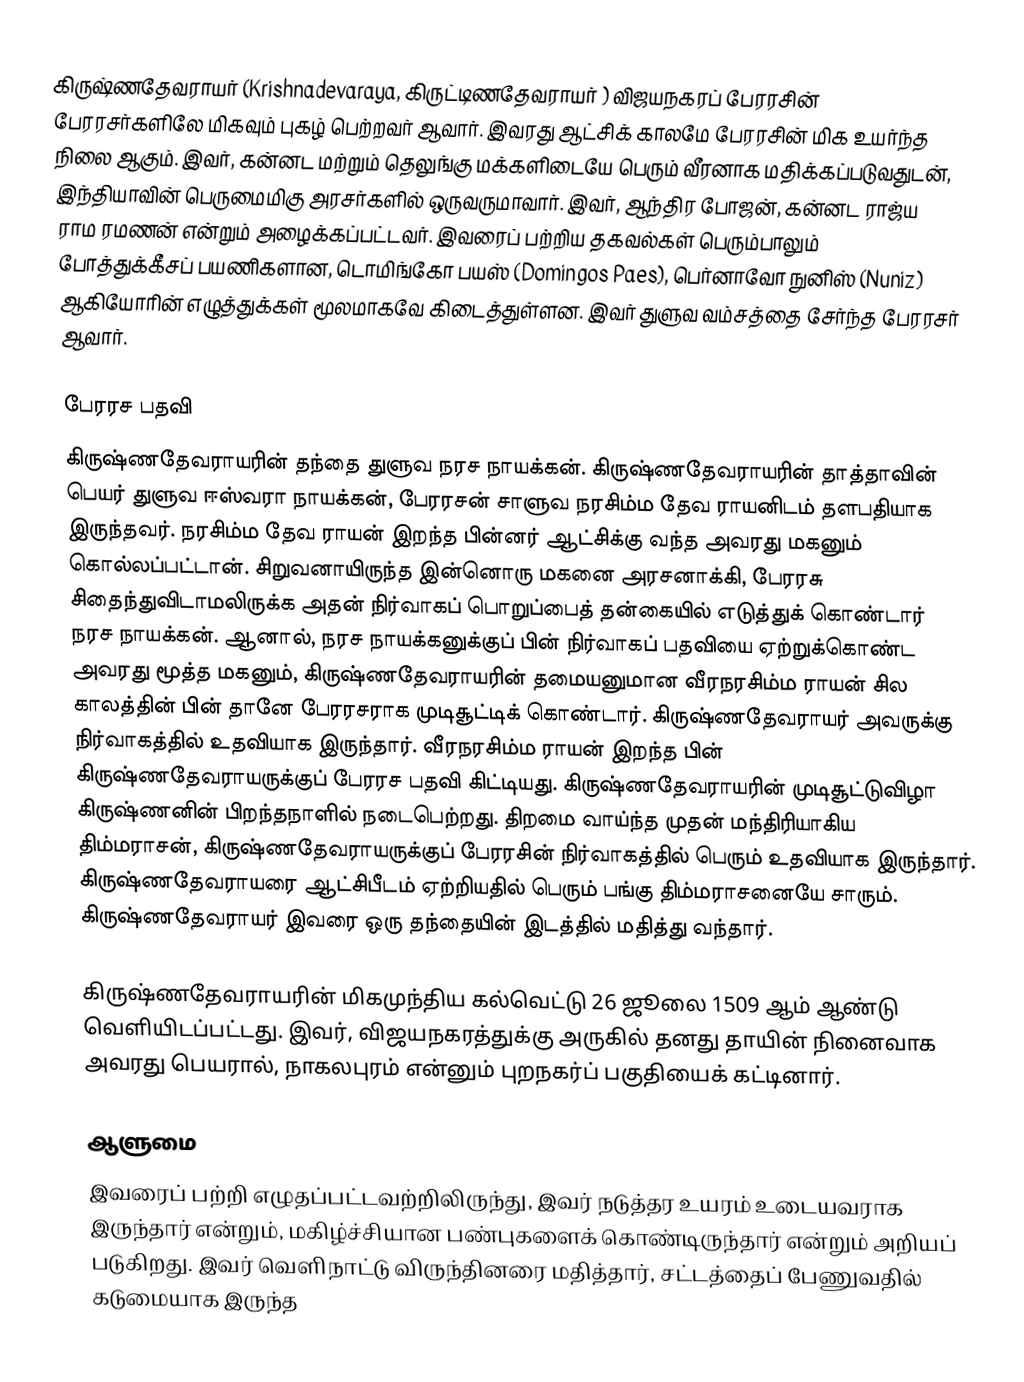
கிருஷ்ணதேவராயர் (Krishnadevaraya, கிருட்டிணதேவராயர் ) விஜயநகரப் பேரரசின் பேரரசர்களிலே மிகவும் புகழ் பெற்றவர் ஆவார். இவரது ஆட்சிக் காலமே பேரரசின் மிக உயர்ந்த நிலை ஆகும். இவர், கன்னட மற்றும் தெலுங்கு மக்களிடையே பெரும் வீரனாக மதிக்கப்படுவதுடன், இந்தியாவின் பெருமைமிகு அரசர்களில் ஒருவருமாவார். இவர், ஆந்திர போஜன், கன்னட ராஜ்ய ராம ரமணன் என்றும் அழைக்கப்பட்டவர். இவரைப் பற்றிய தகவல்கள் பெரும்பாலும் போத்துக்கீசப் பயணிகளான, டொமிங்கோ பயஸ் (Domingos Paes), பெர்னாவோ நுனிஸ் (Nuniz) ஆகியோரின் எழுத்துக்கள் மூலமாகவே கிடைத்துள்ளன. இவர் துளுவ வம்சத்தை சேர்ந்த பேரரசர் ஆவார்.

பேரரச பதவி
கிருஷ்ணதேவராயரின் தந்தை துளுவ நரச நாயக்கன். கிருஷ்ணதேவராயரின் தாத்தாவின் பெயர் துளுவ ஈஸ்வரா நாயக்கன், பேரரசன் சாளுவ நரசிம்ம தேவ ராயனிடம் தளபதியாக இருந்தவர். நரசிம்ம தேவ ராயன் இறந்த பின்னர் ஆட்சிக்கு வந்த அவரது மகனும் கொல்லப்பட்டான். சிறுவனாயிருந்த இன்னொரு மகனை அரசனாக்கி, பேரரசு சிதைந்துவிடாமலிருக்க அதன் நிர்வாகப் பொறுப்பைத் தன்கையில் எடுத்துக் கொண்டார் நரச நாயக்கன். ஆனால், நரச நாயக்கனுக்குப் பின் நிர்வாகப் பதவியை ஏற்றுக்கொண்ட அவரது மூத்த மகனும், கிருஷ்ணதேவராயரின் தமையனுமான வீரநரசிம்ம ராயன் சில காலத்தின் பின் தானே பேரரசராக முடிசூட்டிக் கொண்டார். கிருஷ்ணதேவராயர் அவருக்கு நிர்வாகத்தில் உதவியாக இருந்தார். வீரநரசிம்ம ராயன் இறந்த பின் கிருஷ்ணதேவராயருக்குப் பேரரச பதவி கிட்டியது. கிருஷ்ணதேவராயரின் முடிசூட்டுவிழா கிருஷ்ணனின் பிறந்தநாளில் நடைபெற்றது. திறமை வாய்ந்த முதன் மந்திரியாகிய திம்மராசன், கிருஷ்ணதேவராயருக்குப் பேரரசின் நிர்வாகத்தில் பெரும் உதவியாக இருந்தார். கிருஷ்ணதேவராயரை ஆட்சிபீடம் ஏற்றியதில் பெரும் பங்கு திம்மராசனையே சாரும். கிருஷ்ணதேவராயர் இவரை ஒரு தந்தையின் இடத்தில் மதித்து வந்தார்.

கிருஷ்ணதேவராயரின் மிகமுந்திய கல்வெட்டு 26 ஜூலை 1509 ஆம் ஆண்டு வெளியிடப்பட்டது. இவர், விஜயநகரத்துக்கு அருகில் தனது தாயின் நினைவாக அவரது பெயரால், நாகலபுரம் என்னும் புறநகர்ப் பகுதியைக் கட்டினார்.

ஆளுமை
இவரைப் பற்றி எழுதப்பட்டவற்றிலிருந்து, இவர் நடுத்தர உயரம் உடையவராக இருந்தார் என்றும், மகிழ்ச்சியான பண்புகளைக் கொண்டிருந்தார் என்றும் அறியப் படுகிறது. இவர் வெளிநாட்டு விருந்தினரை மதித்தார், சட்டத்தைப் பேணுவதில் கடுமையாக இருந்த